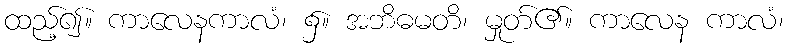
ထည့်၍။ ကာလေနကာလံ၊ ၌။ အဘိဓမတိ၊ မှုတ်၏။ ကာလေန ကာလံ၊